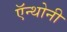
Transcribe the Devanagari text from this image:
ऍन्थोनी